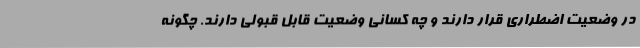
در وضعیت اضطراری قرار دارند و چه کسانی وضعیت قابل قبولی دارند. چگونه